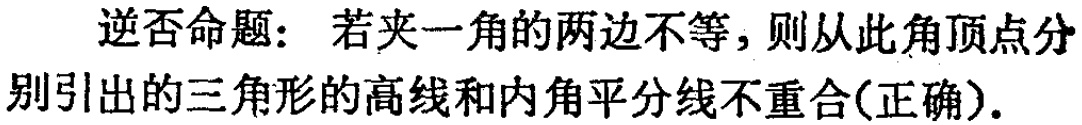
逆否命题：若夹一角的两边不等，则从此角顶点分别引出的三角形的高线和内角平分线不重合(正确).